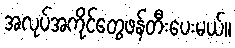
အလုပ်အကိုင်တွေဖန်တီးပေးမယ်။